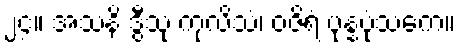
၂၄။ အသနိ ဒွီသု ကုလိသံ၊ ဝဇိရံ ပုန္နပုံသကေ။